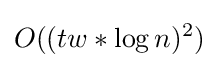
O((tw*\log n)^{2})